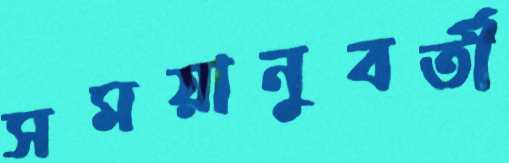
সময়ানুবর্তী